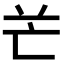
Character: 𠅇